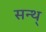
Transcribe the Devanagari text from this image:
सन्थ्